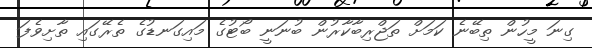
ގިނަ މީހުން ތިބޭނެ ކަމަށް ތަޖްރިބާކާރުން ބުނަނީ ބޯޓުގެ މައިގަނޑުގެ ތެރޭގައި ތާށިވެފަ